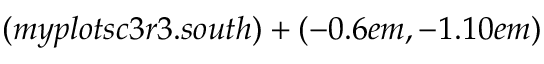
( m y p l o t s c 3 r 3 . s o u t h ) + ( - 0 . 6 e m , - 1 . 1 0 e m )